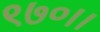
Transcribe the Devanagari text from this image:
९७०।।